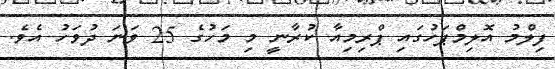
ފިލްމު އޮލިމްޕަހުގައި ޕްރިމިއާ ކުރާނީ މި މަހުގެ 25 ވަނަ ދުވަހު އެވެ.